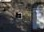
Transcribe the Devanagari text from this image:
हाध